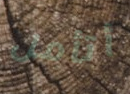
أتأمل